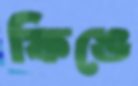
ফিঙে